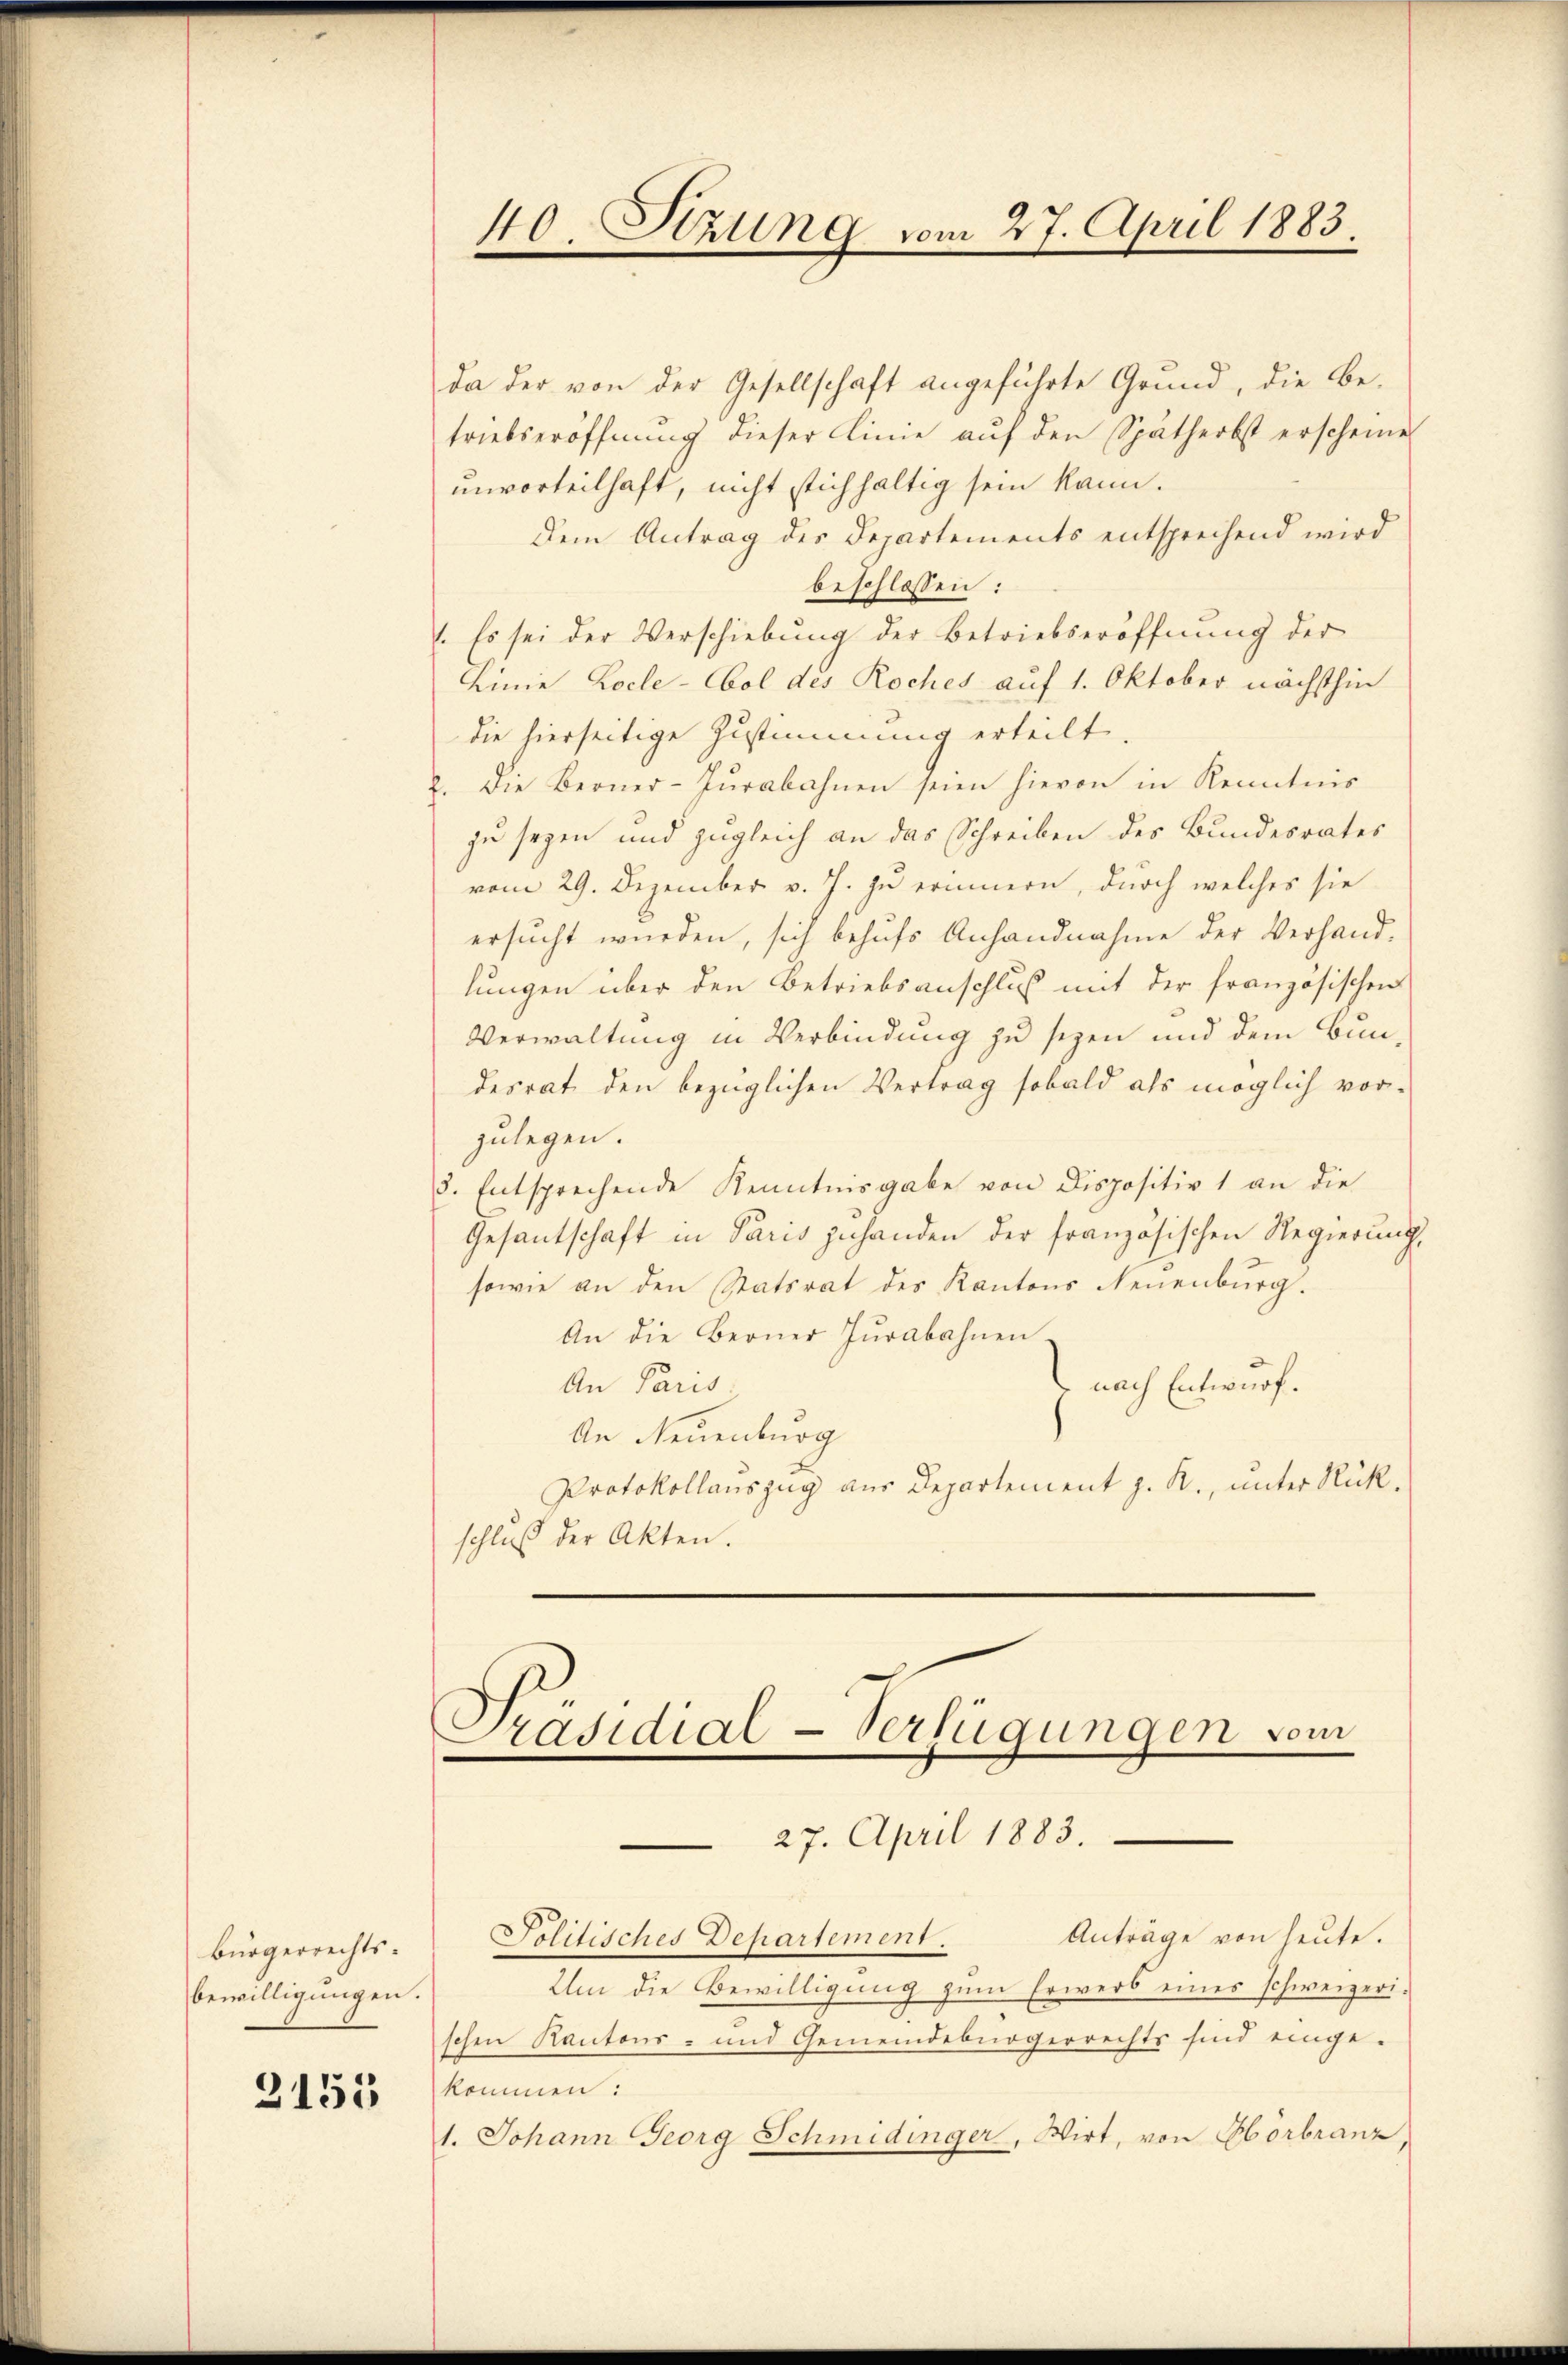
bürgerrechts¬
Bewilligungen.

3155

da der von der Gesellschaft angeführte Grund, die Be-
triebseröffnŭng dieser Linie aŭf den Spätherbst erscheine
unvorteilhaft, nicht stichhaltig sein kann.
Dem Antrag des Departements entsprechend wird
beschlossen:
. Es sei der Verschiebung der Betriebseröffnung der
Linie Locle-Cbol des Roches auf 1. Oktober nächsthin
die hierseitige Zustimmung erteilt.
2. Die Berner-Pŭrabahnen seien hievon in Kenntnis
zu seyen und zugleich an das Schreiben des Bundesrates
vom 29. Dezember v. J. zu erinnern, durch welches sie
ersucht wurden, sich behufs Anhandnahme der Verhand-
lungen über den Betriebsanschluß mit der französischen
Verwaltung in Verbindung zu seyen und dem Bundesrat den bezüglichen Vertrag sobald als möglich vorzulegen.
3. Entsprechende Kenntnisgabe von Dispositiv 1 an die
Gesantschaft in Paris zuhanden der französischen Regierung,
sowie an den Statsrat des Kantons Neuenburg.
An die Berner Jurabahnen.
An Paris
nach Entwurf.
An Neuenburg
Protokollauszug aus Departement z. R., unter Rückschluß der Akten.

40. Stzung vom 27. April 1883.

Präsidial-Verfügungen vom
e
27. April 1883.

Anträge von heute.
Jolitisches Departement.
Um die Bewilligung zum Erwerb eines schweizerischen Kantons- und Gemeindebürgerrechts sind einge-
kommen:
1. Johann Georg Schmidinger, Wirt, von Hörbranz,